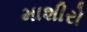
માશીરો